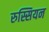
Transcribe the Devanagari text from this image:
रुस्सियन